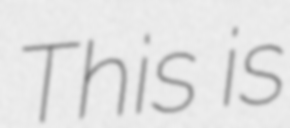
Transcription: This is